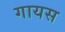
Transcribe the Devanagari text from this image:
गायस